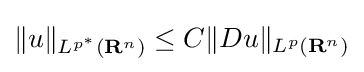
\|u\|_{L^{p^{*}}(\mathbf {R} ^{n})}\leq C\|Du\|_{L^{p}(\mathbf {R} ^{n})}